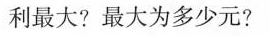
利最大?最大为多少元?